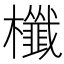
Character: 櫼